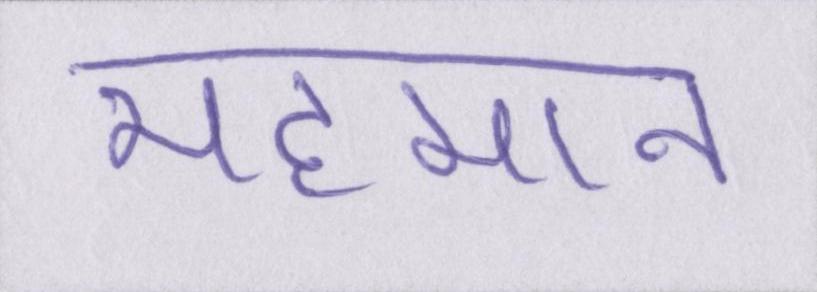
महमान